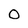
Character: 0